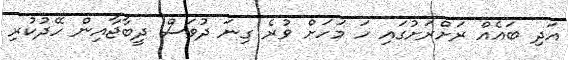
އަދި ބައެއް ރަށްރަށުގައި ހަ މަހަށް ވުރެ ގިނަ ދުވަސް ދީބާޖާއިން ހޭދުކުރި